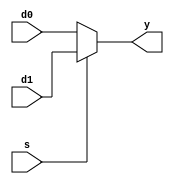
module mux2#(parameter width = 32)(
	input [width - 1:0] d0, d1,
	input s,
	output [width - 1:0] y
);

assign y = s ? d1 : d0;

endmodule